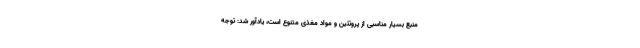
منبع بسیار مناسبی از پروتئین و مواد مغذی متنوع است، یادآور شد: توجه